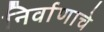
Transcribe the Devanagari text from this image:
निर्वाणाचे